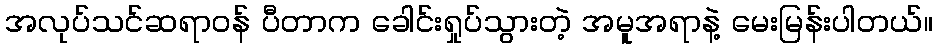
အလုပ်သင်ဆရာဝန် ပီတာက ခေါင်းရှုပ်သွားတဲ့ အမူအရာနဲ့ မေးမြန်းပါတယ်။